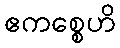
ဧကစ္စေဟိ